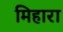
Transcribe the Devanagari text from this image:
मिहारा